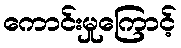
ကောင်းမှုကြောင့်